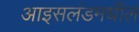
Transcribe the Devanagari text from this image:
आइसलंडमधील